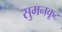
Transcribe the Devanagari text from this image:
सुमनकूट